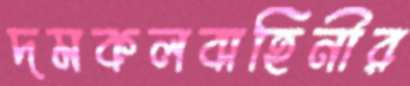
দমকলবাহিনীর